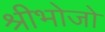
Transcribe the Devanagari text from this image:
श्रीभोजो